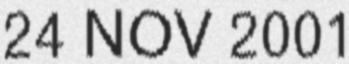
24 NOV 2001